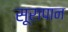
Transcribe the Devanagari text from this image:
सूरापान